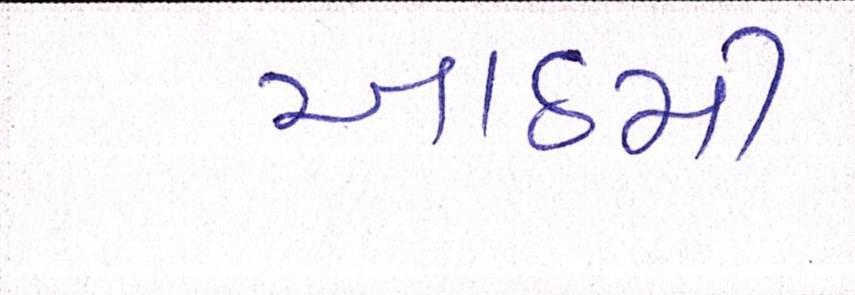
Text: આઠમી